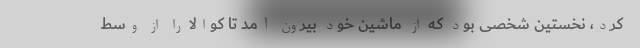
کرد، نخستین شخصی بود که از ماشین خود بیرون آمد تا کوالا را از وسط